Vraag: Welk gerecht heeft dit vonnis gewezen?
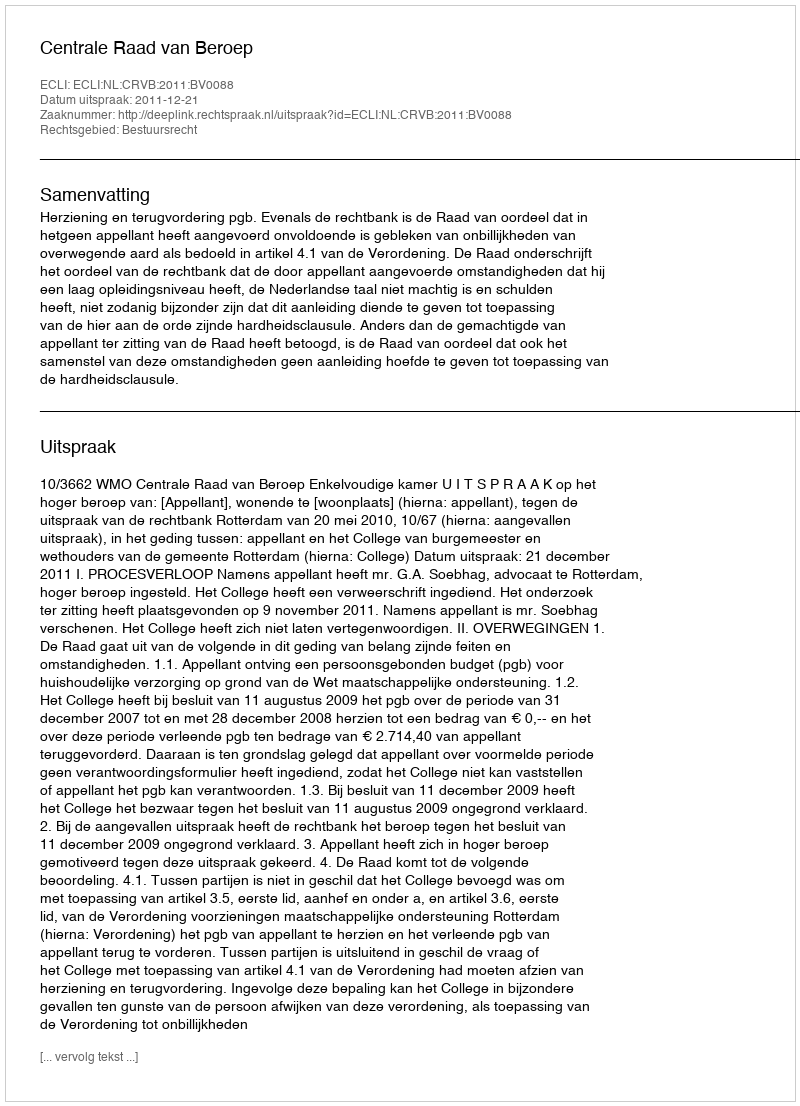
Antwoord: Centrale Raad van Beroep